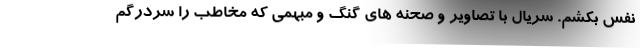
نفس بکشم. سریال با تصاویر و صحنه های گنگ و مبهمی که مخاطب را سردرگم